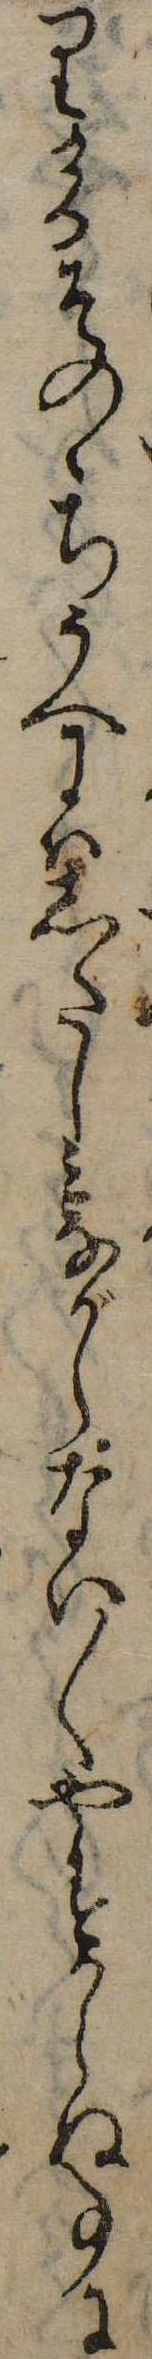
りけるそのゝちうへにはしたしみながらない〱やすからぬ事に